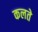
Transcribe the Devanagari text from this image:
कलते